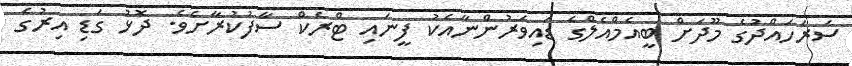
ސަރަހައްދުގެ މޫދަށް ބީއެމްއެލްގެ ޑައިވަރުންނާއެކު ފީނައި ޓްރެކް ސާފުކުރާށެވެ. ދޮޅު ގަޑި އިރުގެ